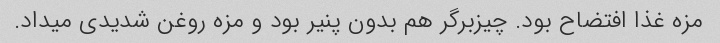
مزه غذا افتضاح بود. چیزبرگر هم بدون پنیر بود و مزه روغن شدیدی میداد.